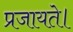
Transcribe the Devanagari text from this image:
प्रजायते।